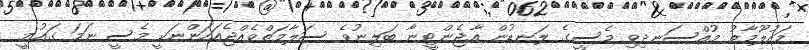
މައުލޫމާތު މުއްސަނދިވި މެސީގެ ލަނޑުން އާޖެންޓީނާ ބަލިނުވެ ސަލާމަތްވެއްޖެއަހަންނަކީ މެސީ ނަމަ ގައުމީ